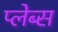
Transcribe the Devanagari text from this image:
प्लेब्स